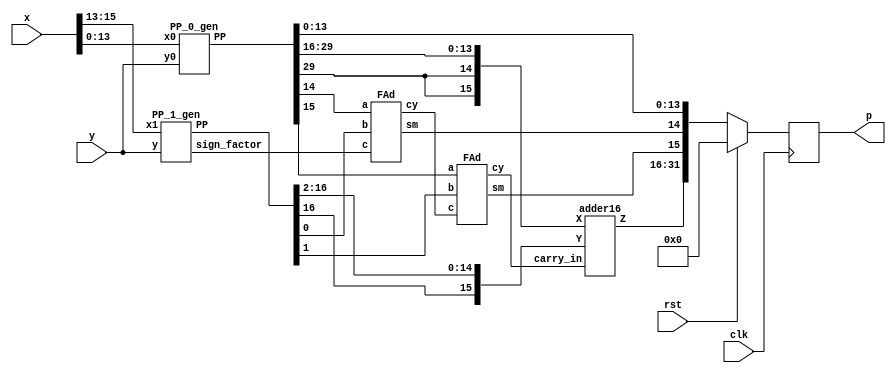
// The verilog code for hybrid approximate multiplier. Taken from https://github.com/RatkoFri/MulApprox . 

//The algorithm is simple and is described below.
// Calculates P = X*Y = X1*Y*2^14 + X0*Y1*2^14 + X0*Y0
// X1 = x[15:13], X0 = x[13:0]
// Y1 = y[15:13], Y0 = y[13:0]

module HRALM4(
    input [15:0] x,
    input [15:0] y,
    input clk,
    input rst,
    output reg [31:0] p
    );
    
    wire  sign_factor;
    wire [16:0] PP_1;
    wire [29:0] PP_0;
    
// Calculates PP_2 = Y*X1
    PP_1_gen High(
        .x1(x[15:13]),
        .y(y),
        .sign_factor(sign_factor),
        .PP(PP_1)
        );

// Calculates PP_0 = X0*YO
    PP_0_gen Low(
        .x0(x[13:0]),
        .y0(y),
        .PP(PP_0)
        );

// Partial product addition 
    wire [17:0] tmp1_add;
    wire [17:0] tmp2_add;
    wire [17:0] tmp_sum;

    assign tmp1_add = {PP_0[29],PP_0[29],PP_0[29:14]};
    assign tmp2_add = {PP_1[16],PP_1};
    
    //assign tmp_sum = tmp1_add + tmp2_add;
    wire [1:0] carry_adder;
    wire [1:0] sum_adder;
    
    FAd add0(tmp1_add[0],tmp2_add[0],sign_factor,carry_adder[0],tmp_sum[0]);
    FAd add1(tmp1_add[1],tmp2_add[1],carry_adder[0],carry_adder[1],tmp_sum[1]);
    
    adder16 ADDER(tmp1_add[17:2],tmp2_add[17:2],carry_adder[1],tmp_sum[17:2]);
    
    always @(posedge clk)
    begin
    if(rst)
      p = 32'd0;
    else
     p = {tmp_sum,PP_0[13:0]};
    end
        
endmodule

// Calculates PP_2 = Y*X1
module PP_1_gen(
    input [2:0] x1,
    input [15:0] y,
    output sign_factor,
    output [16:0] PP
    );
    
    // encode 
    wire one, two, sign;
    
    code encode_block(
        .one(one),
        .two(two),
        .sign(sign),
        .y2(x1[2]),
        .y1(x1[1]),
        .y0(x1[0])
        );
        
    // generation of PP
    wire [16:0] tmp1_pp; 
    assign tmp1_pp = {y[15],y}; // This variable is introduced because pp has 17 bits
    
    wire [17:0] out1;
    assign out1[0] = sign;
    
    genvar i;
    generate
        for ( i = 0; i < 17; i = i+1 )
            begin : pp_rad4_first 
            product pp_pr(tmp1_pp[i],out1[i],one,two,sign,PP[i],out1[i+1]);
            end
    endgenerate
    
    //sign factor generate
    sgn_gen sign_gen(one,two,sign,sign_factor);
       

endmodule
 

//encoding


module code(one,two,sign,y2,y1,y0);  
	input y2,y1,y0;                     
	output one,two,sign;                
	wire [1:0]k;                        
	xor x1(one,y0,y1);                  
	xor x2(k[1],y2,y1);                 
	not n1(k[0],one);                   
	and a1(two,k[0],k[1]);              
	assign sign=y2;                     
endmodule       
    
//generation of inner products

module product(x1,x0,one,two,sign,p,i);
	input x1,x0,sign,one,two;
	output p,i;
	wire [1:0] k;
	xor xo1(i,x1,sign);
	and a1(k[1],i,one);
	and a0(k[0],x0,two);
	or o1(p,k[1],k[0]);
endmodule

//sign_factor generate

module sgn_gen(one,two,sign,sign_factor);
    input sign,one,two;
    output sign_factor;
    wire k;
    or o1(k,one,two);
    and a1(sign_factor,sign,k);
endmodule



// Calculates PP_0 = Y0*X0    
module PP_0_gen(
    input signed [13:0] x0,
    input signed [15:0] y0,
    output signed [29:0] PP
    );
    
    // X branch 

    // First complement 
    wire [13:0] x0_abs;
    assign x0_abs = x0 ^ {14{x0[13]}};
    
    // LOD + Priority Encoder
    wire [15:0] k_x0;
    wire [15:0] tmp_abs;
    wire zero_x0;
    wire [3:0] k_x0_enc;

    assign tmp_abs = {2'b0,x0_abs};

    LOD16 lod_x0(
        .data_i(tmp_abs),
        .zero_o(zero_x0),
        .data_o(k_x0),
        .data_enc(k_x0_enc));
        
    // LBarrel 
    wire [3:0] x_shift;
    wire [3:0] neg_kx;
    assign neg_kx = ~ k_x0_enc;
    LBarrel Lshift_x0(
        .data_i(tmp_abs),
        .shift_i(neg_kx),
        .data_o(x_shift));
        
    // Y branch 
    
    // First complement 
    wire [15:0] y0_abs;
    assign y0_abs = y0 ^ {16{y0[15]}};
    
    // LOD + Priority Encoder
    wire [15:0] k_y0;
    wire zero_y0;
    wire [3:0] k_y0_enc;
    
    LOD16 lod_y0(
        .data_i(y0_abs),
        .zero_o(zero_y0),
        .data_o(k_y0),
        .data_enc(k_y0_enc));
        
    // LBarrel 
    wire [3:0] y_shift;
    wire [3:0] neg_ky;
    assign neg_ky = ~ k_y0_enc;
    LBarrel Lshift_y0(
        .data_i(y0_abs),
        .shift_i(neg_ky),
        .data_o(y_shift));
        
    
    // Addition 
    wire [8:0] x_log;
    wire [8:0] y_log;
    wire [8:0] p_log;
    
    assign x_log = {1'b0,k_x0_enc,x_shift};
    assign y_log = {1'b0,k_y0_enc,y_shift};

    
    assign p_log = x_log + y_log;
    
    // Antilogarithm 
    
    // L1 barell shifter 
    wire [20:0] p_l1b;
    wire [4:0] l1_input;
    
    assign l1_input = {1'b1,p_log[3:0]};
   
    L1Barrel L1shift_plog(
        .data_i(l1_input),
        .shift_i(p_log[7:4]),
        .data_o(p_l1b));
    
   
    // Low part of product 
 
    wire [29:0] PP_abs;
    assign PP_abs = p_log[8] ? p_l1b[20:4] << 16 :  p_l1b[20:4];
    

    // Sign conversion 
    wire p_sign;
    wire [29:0] PP_temp;
    
    
    assign p_sign = x0[13] ^ y0[15];
    assign PP_temp = PP_abs ^ {30{p_sign}};
    
    //Zero mux0
    wire notZeroA, notZeroB, notZeroD;
    assign notZeroA = ~zero_x0;
    assign notZeroB = ~zero_y0;
    assign notZeroD = notZeroA & notZeroB;
    
    assign PP = notZeroD? PP_temp : 30'b0;
    
endmodule

module LOD16(
    input [15:0] data_i,
    output zero_o,
    output [15:0] data_o,
    output [3:0] data_enc
    );
	
    wire [15:0] z;
	wire [3:0] zdet;
	wire [3:0] select;
	//*****************************************
	// Zero detection logic:
	//*****************************************
	assign zdet[3] = |(data_i[15:12]);
	assign zdet[2] = |(data_i[11:8]);
	assign zdet[1] = |(data_i[7:4]);
	assign zdet[0] = |(data_i[3:0]);
	assign zero_o =  ~(|zdet);
    //*****************************************
	// LODs:
	//*****************************************
	LOD4 lod4_1 (
		.data_i(data_i[3:0]), 
		.data_o(z[3:0])
	);
	 
    LOD4 lod4_2 (
        .data_i(data_i[7:4]), 
        .data_o(z[7:4])
        );
         
    LOD4 lod4_3 (
        .data_i(data_i[11:8]), 
        .data_o(z[11:8])
    );
    LOD4 lod2_4 (
        .data_i(data_i[15:12]), 
        .data_o(z[15:12])
    );
	//*****************************************
    // Select signals
    //*****************************************    
    LOD4 lod4_5 (
            .data_i(zdet), 
            .data_o(select)
        );
	//*****************************************
	// Multiplexers :
	//*****************************************
	wire [15:0] tmp_out;

	Muxes2in1Array4 Inst_MUX214_3 (
         .data_i(z[15:12]), 
         .select_i(select[3]), 
         .data_o(tmp_out[15:12])
     );
	 
	Muxes2in1Array4 Inst_MUX214_2 (
        .data_i(z[11:8]), 
        .select_i(select[2]), 
        .data_o(tmp_out[11:8])
    );

	 
	 Muxes2in1Array4 Inst_MUX214_1 (
        .data_i(z[7:4]), 
        .select_i(select[1]), 
        .data_o(tmp_out[7:4])
    );

	 Muxes2in1Array4 Inst_MUX214_0 (
		.data_i(z[3:0]), 
		.select_i(select[0]), 
		.data_o(tmp_out[3:0])
    );


    // Enconding
    wire [2:0] low_enc; 
    assign low_enc = tmp_out[3:1] | tmp_out[7:5] | tmp_out[11:9] | tmp_out[15: 13];

    assign data_enc[3] = select[3] | select[2];
    assign data_enc[2] = select[3] | select[1];
    assign data_enc[1] = low_enc[2] | low_enc[1];
    assign data_enc[0] = low_enc[2] | low_enc[0];


    // One hot
    assign data_o = tmp_out;

endmodule

module LOD4(
    input [3:0] data_i,
    output [3:0] data_o
    );
	 
	 
	 wire mux0;
	 wire mux1;
	 wire mux2;
	 
	 // multiplexers:
	 assign mux2 = (data_i[3]==1) ? 1'b0 : 1'b1;
	 assign mux1 = (data_i[2]==1) ? 1'b0 : mux2;
	 assign mux0 = (data_i[1]==1) ? 1'b0 : mux1;
	 
	 //gates and IO assignments:
	 assign data_o[3] = data_i[3];
	 assign data_o[2] =(mux2 & data_i[2]);
	 assign data_o[1] =(mux1 & data_i[1]);
	 assign data_o[0] =(mux0 & data_i[0]);
	 

endmodule

module LOD2(
    input [1:0] data_i,
    output [1:0] data_o
    );
	 
	 
	 //gates and IO assignments:
	 assign data_o[1] = data_i[1];
	 assign data_o[0] =(~data_i[1] & data_i[0]);
	 

endmodule

module Muxes2in1Array4(
    input [3:0] data_i,
    input select_i,
    output [3:0] data_o
    );

	assign data_o[3] = select_i ? data_i[3] : 1'b0;
	assign data_o[2] = select_i ? data_i[2] : 1'b0;
	assign data_o[1] = select_i ? data_i[1] : 1'b0;
	assign data_o[0] = select_i ? data_i[0] : 1'b0;
	
endmodule

module Muxes2in1Array2(
    input [1:0] data_i,
    input select_i,
    output [1:0] data_o
    );
    

	assign data_o[1] = select_i ? data_i[1] : 1'b0;
	assign data_o[0] = select_i ? data_i[0] : 1'b0;
	
endmodule


module LBarrel(
    input [15:0] data_i,
    input [3:0] shift_i,
    output [3:0] data_o);
    
    reg [15:0] tmp;
    always @*
        case (shift_i)
           4'b0000: tmp = data_i;
           4'b0001: tmp = data_i << 1;
           4'b0010: tmp = data_i << 2;
           4'b0011: tmp = data_i << 3;
           4'b0100: tmp = data_i << 4;
           4'b0101: tmp = data_i << 5;
           4'b0110: tmp = data_i << 6;
           4'b0111: tmp = data_i << 7;
           4'b1000: tmp = data_i << 8;
           4'b1001: tmp = data_i << 9;
           4'b1010: tmp = data_i << 10;
           4'b1011: tmp = data_i << 11;
           4'b1100: tmp = data_i << 12;
           4'b1101: tmp = data_i << 13;
           4'b1110: tmp = data_i << 14;
           default: tmp = data_i << 15;
        endcase
    
    assign data_o[3:1] = tmp[14:12];
    assign data_o[0] = 1'b1;

endmodule

module L1Barrel(
    input [4:0] data_i,
    input [3:0] shift_i,
    output reg [20:0] data_o);
    always @*
        case (shift_i)
           4'b0000: data_o = data_i;
           4'b0001: data_o = data_i << 1;
           4'b0010: data_o = data_i << 2;
           4'b0011: data_o = data_i << 3;
           4'b0100: data_o = data_i << 4;
           4'b0101: data_o = data_i << 5;
           4'b0110: data_o = data_i << 6;
           4'b0111: data_o = data_i << 7;
           4'b1000: data_o = data_i << 8;
           4'b1001: data_o = data_i << 9;
           4'b1010: data_o = data_i << 10;
           4'b1011: data_o = data_i << 11;
           4'b1100: data_o = data_i << 12;
           4'b1101: data_o = data_i << 13;
           4'b1110: data_o = data_i << 14;
           default: data_o = data_i << 15;
        endcase
endmodule

module RBarell(
    input [1:0] data_i,
    input [1:0] shift_i,
    output [2:0] data_o);

    assign data_o[2] = ~(shift_i[0] | shift_i[1]);
    assign data_o[1] = ~shift_i[1] | (data_i[1] & ~shift_i[0]);
    assign data_o[0] = (~shift_i[0] & data_i[0]) | (~shift_i[0] & shift_i[1]) | (~shift_i[1] & shift_i[0] & data_i[1]);
       
endmodule



module FAd(a,b,c,cy,sm);
	input a,b,c;
	output cy,sm;
	wire x,y,z;
	xor x1(x,a,b);
	xor x2(sm,x,c);
	and a1(y,a,b);
	and a2(z,x,c);
	or o1(cy,y,z);
endmodule 

module HAd(a,b,cy,sm);
	input a,b;
	output cy,sm;
	assign cy = a & b;
	assign sm = a ^ b;
endmodule 

module adder16(X,Y,carry_in,Z);
	input [15:0]X;
	input [15:0]Y;
	input carry_in;
	output [15:0]Z;
	wire c[3:1];


	adder4 A1(Z[3:0],c[1],X[3:0],Y[3:0],carry_in);
	adder4 A2(Z[7:4],c[2],X[7:4],Y[7:4],c[1]);
	adder4 A3(Z[11:8],c[3],X[11:8],Y[11:8],c[2]);
	adder4 A4(Z[15:12],Carry,X[15:12],Y[15:12],c[3]);
endmodule

module adder4(Sum,Cout,A,B,Cin);
	input [3:0]A,B;
	input Cin;
	output [3:0]Sum;
	output Cout;
	wire c[3:1], p[3:0], g[3:0];

	assign p[0]=A[0]^B[0], p[1]=A[1]^B[1], p[2]=A[2]^B[2], p[3]=A[3]^B[3];
	assign g[0]=A[0]&B[0], g[1]=A[1]&B[1], g[2]=A[2]&B[2], g[3]=A[3]&B[3];

	assign c[1]=g[0] | (p[0]&Cin);
	assign c[2]=g[1] | (p[1]&g[0]) | (p[1]&p[0]&Cin);
	assign c[3]=g[2] | (p[2]&g[1]) | (p[2]&p[1]&g[0]) | (p[2]&p[1]&p[0]&Cin);
	assign Cout=g[3] | (p[2]&g[2]) | (p[3]&p[2]&g[1]) | (p[3]&p[2]&p[1]&g[0]) | (p[3]&p[2]&p[1]&p[0]&Cin);

	assign Sum[0]=p[0]^Cin, Sum[1]=p[1]^c[1], Sum[2]=p[2]^c[2], Sum[3]=p[3]^c[3];
endmodule